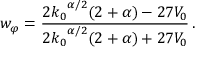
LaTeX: w _ { \varphi } = \frac { 2 { k _ { 0 } } ^ { \alpha / 2 } ( 2 + \alpha ) - 2 7 V _ { 0 } } { 2 { k _ { 0 } } ^ { \alpha / 2 } ( 2 + \alpha ) + 2 7 V _ { 0 } } \, .